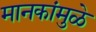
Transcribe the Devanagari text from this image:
मानकांमुळे